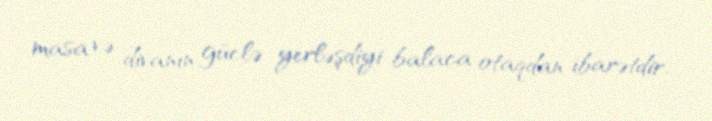
masa və divanın güclə yerləşdiyi balaca otaqdan ibarətdir.